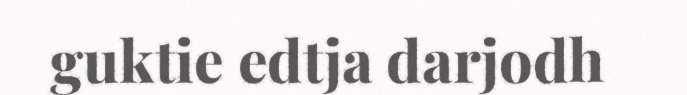
guktie edtja darjodh